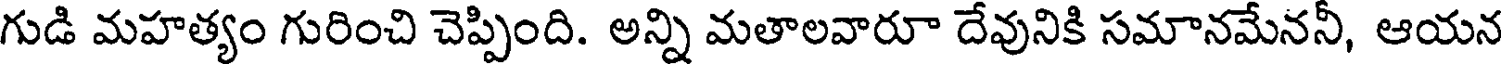
గుడి మహత్యం గురించి చెప్పింది. అన్ని మతాలవారూ దేవునికి సమానమేననీ, ఆయన